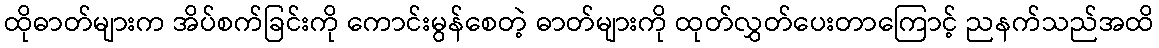
ထိုဓာတ်များက အိပ်စက်ခြင်းကို ကောင်းမွန်စေတဲ့ ဓာတ်များကို ထုတ်လွှတ်ပေးတာကြောင့် ညနက်သည်အထိ